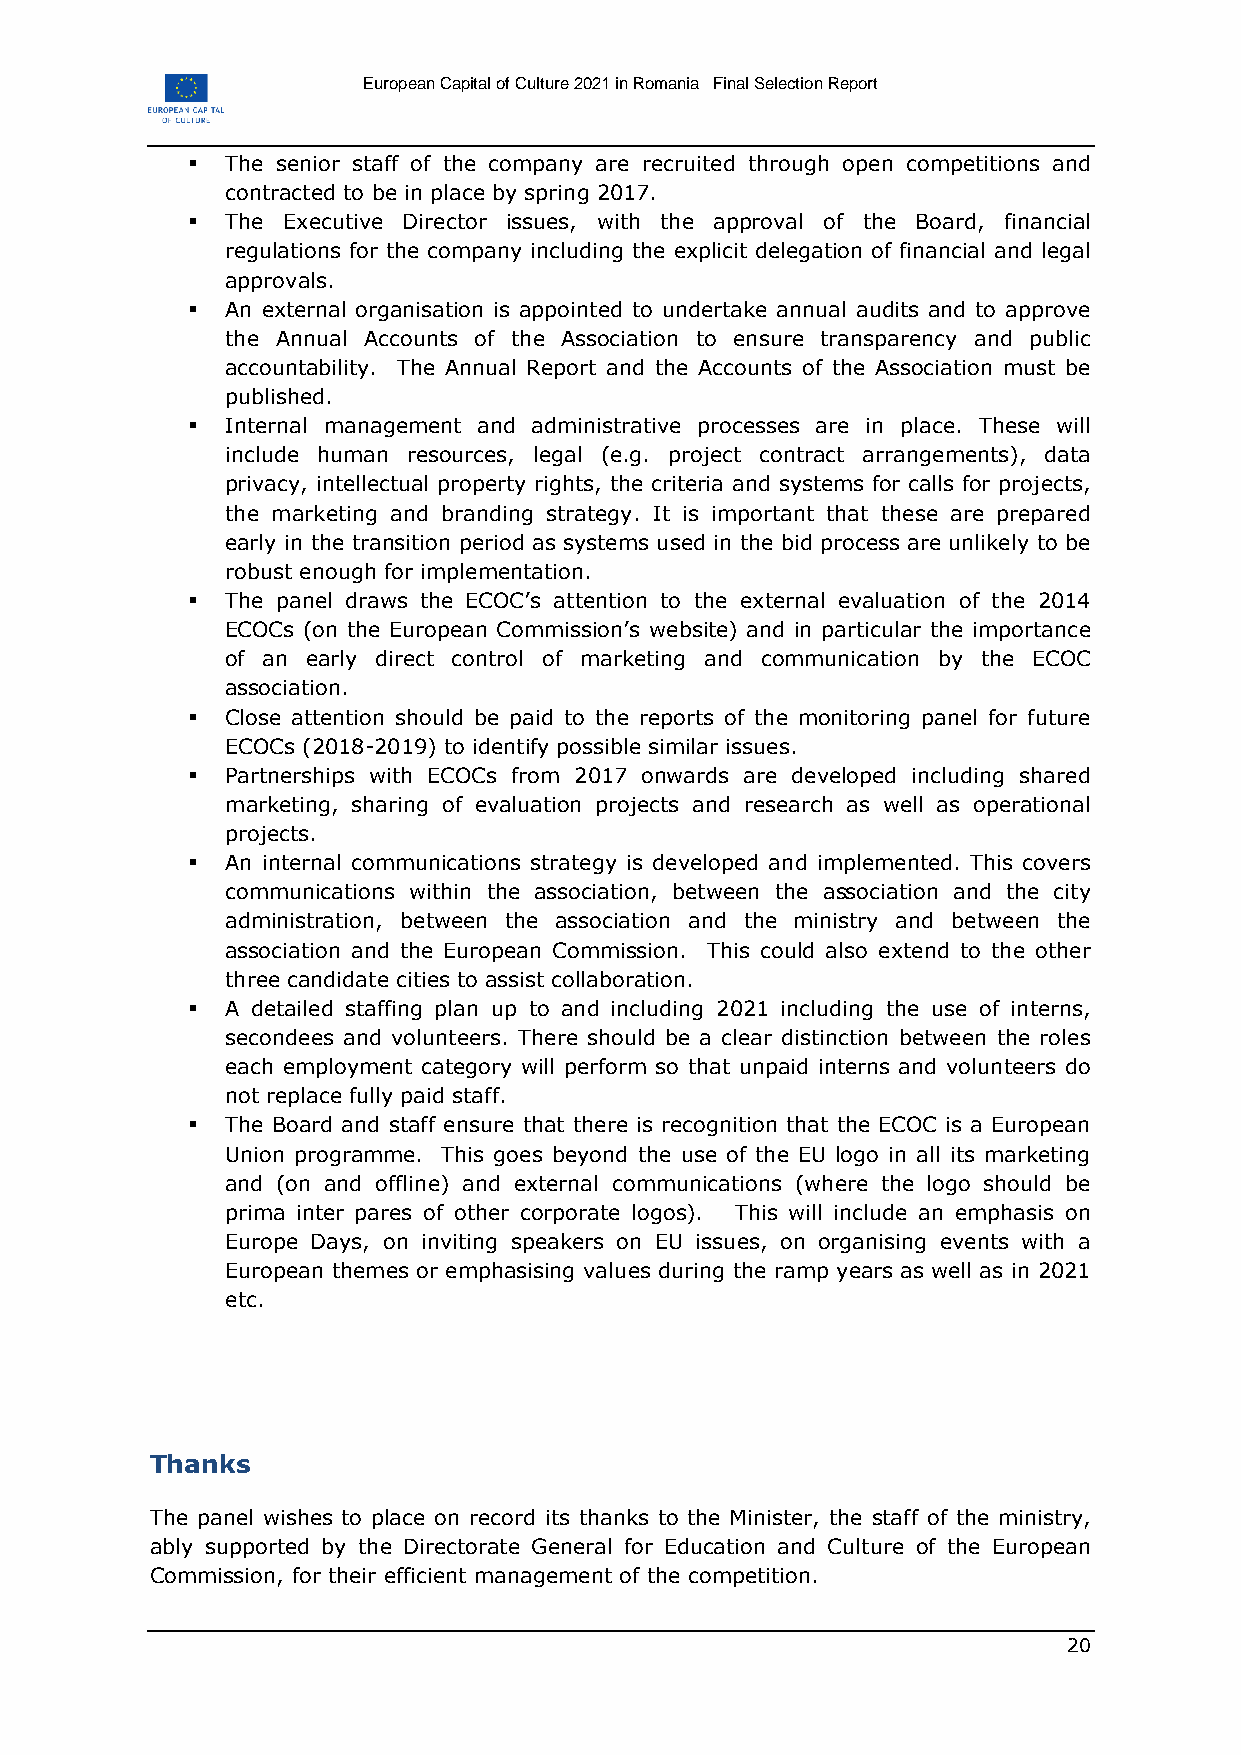
European Capital of Culture 2021 in Romania Final Selection Report
   The senior staff of the company are recruited through open competitions and
 contracted to be in place by spring 2017.
   The Executive Director issues, with the approval of the Board, financial
 regulations for the company including the explicit delegation of financial and legal
 approvals.
   An external organisation is appointed to undertake annual audits and to approve
 the Annual Accounts of the Association to ensure transparency and public
 accountability. The Annual Report and the Accounts of the Association must be
 published.
   Internal management and administrative processes are in place. These will
 include human resources, legal (e.g. project contract arrangements), data
 privacy, intellectual property rights, the criteria and systems for calls for projects,
 the marketing and branding strategy. It is important that these are prepared
 early in the transition period as systems used in the bid process are unlikely to be
 robust enough for implementation.
   The panel draws the ECOC’s attention to the external evaluation of the 2014
 ECOCs (on the European Commission’s website) and in particular the importance
 of an early direct control of marketing and communication by the ECOC
 association.
   Close attention should be paid to the reports of the monitoring panel for future
 ECOCs (2018-2019) to identify possible similar issues.
   Partnerships with ECOCs from 2017 onwards are developed including shared
 marketing, sharing of evaluation projects and research as well as operational
 projects.
   An internal communications strategy is developed and implemented. This covers
 communications within the association, between the association and the city
 administration, between the association and the ministry and between the
 association and the European Commission. This could also extend to the other
 three candidate cities to assist collaboration.
   A detailed staffing plan up to and including 2021 including the use of interns,
 secondees and volunteers. There should be a clear distinction between the roles
 each employment category will perform so that unpaid interns and volunteers do
 not replace fully paid staff.
   The Board and staff ensure that there is recognition that the ECOC is a European
 Union programme. This goes beyond the use of the EU logo in all its marketing
 and (on and offline) and external communications (where the logo should be
 prima inter pares of other corporate logos). This will include an emphasis on
 Europe Days, on inviting speakers on EU issues, on organising events with a
 European themes or emphasising values during the ramp years as well as in 2021
 etc.
 Thanks
 The panel wishes to place on record its thanks to the Minister, the staff of the ministry,
 ably supported by the Directorate General for Education and Culture of the European
 Commission, for their efficient management of the competition.
 20